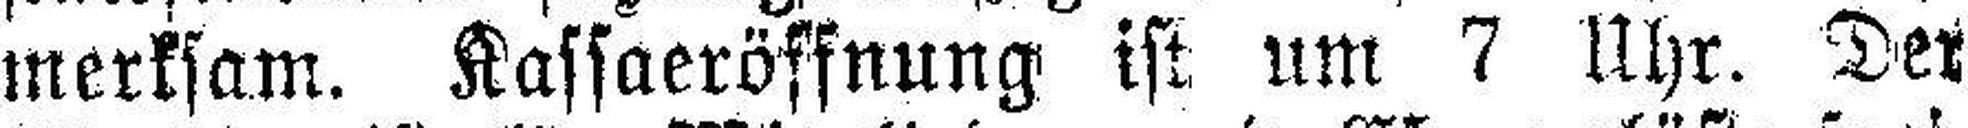
merksam. Kassaeröffnung ist um 7 Uhr. Der